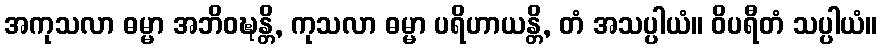
အကုသလာ ဓမ္မာ အဘိဝဍ္ဎန္တိ, ကုသလာ ဓမ္မာ ပရိဟာယန္တိ, တံ အသပ္ပါယံ။ ဝိပရီတံ သပ္ပါယံ။